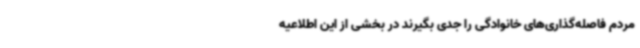
مردم فاصله‌گذاری‌های خانوادگی را جدی بگیرند در بخشی از این اطلاعیه